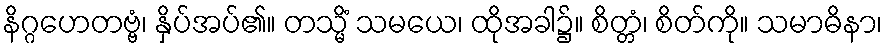
နိဂ္ဂဟေတဗ္ဗံ၊ နှိပ်အပ်၏။ တသ္မိံ သမယေ၊ ထိုအခါ၌။ စိတ္တံ၊ စိတ်ကို။ သမာဓိနာ၊